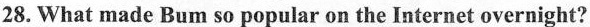
28.What made Bum so popular on the Internet overnight?